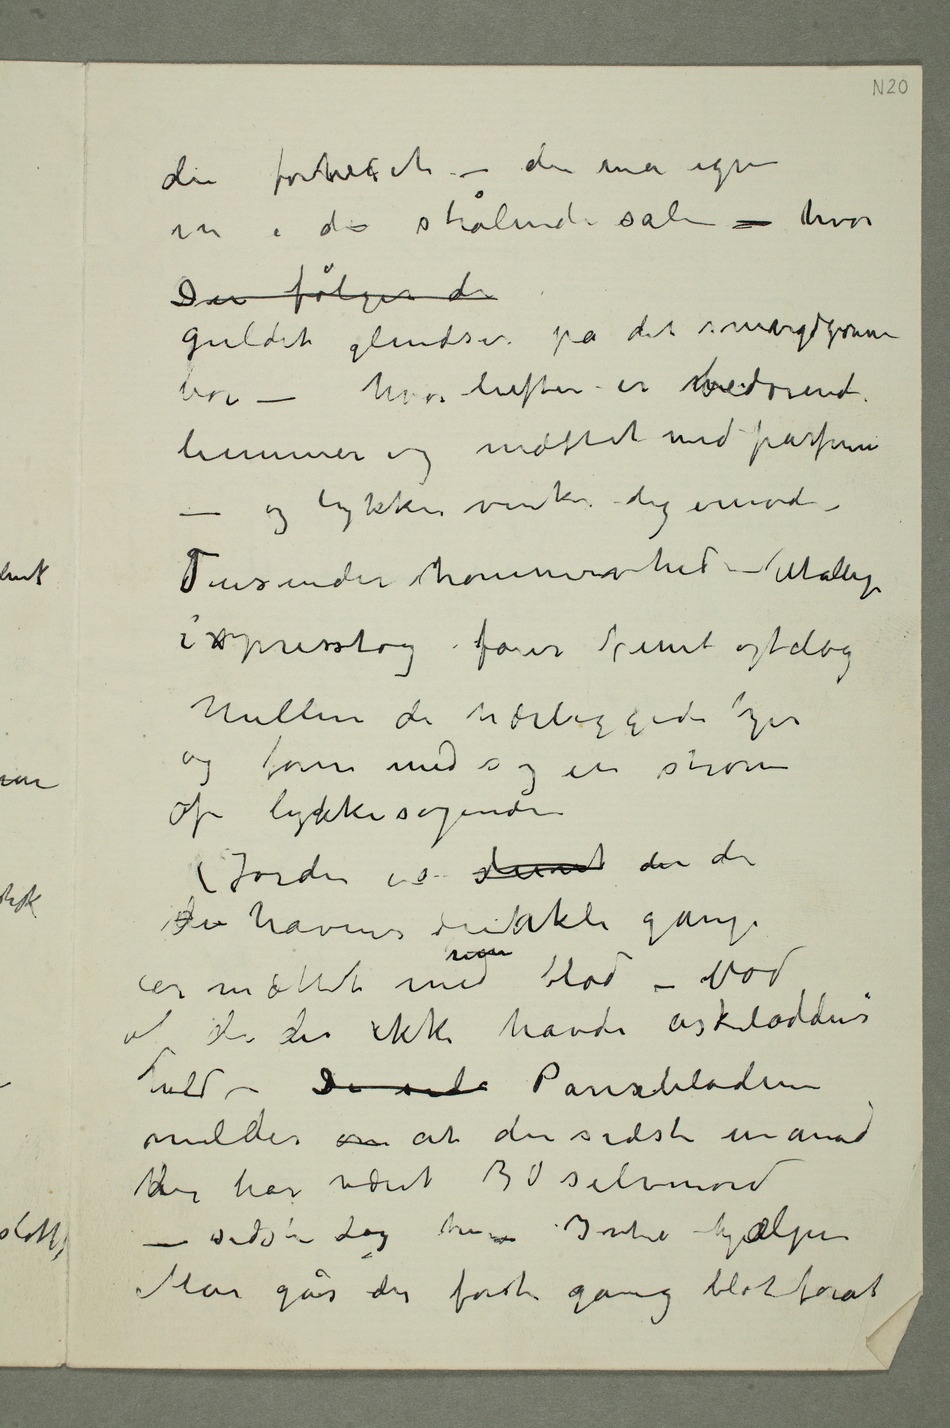
du forhexet – du må igjen
in i de strålende sale – hvor
Der følger du
guldet glindser på det smaragdgrønne
bor – hvor luften er bedøvende
lummer og mættet med parfume –
og lykken vinker dig imod –
Tusinder kommer hid – Utallige
i xpresstog farer fremt og tilbage
mellem de nærliggende byer
og fører med sig en strøm
af lykkesøgende
Jorden er  der der
i havens dunkle gange
er mættet med  blod – blod
af de der ikke havde askeladdens
held – De røde Pariserbladene
melder om at den sidste måned
hder har været 30 selvmord
– sidste dag her – Intet hjælper
Man går der første gang blot forat